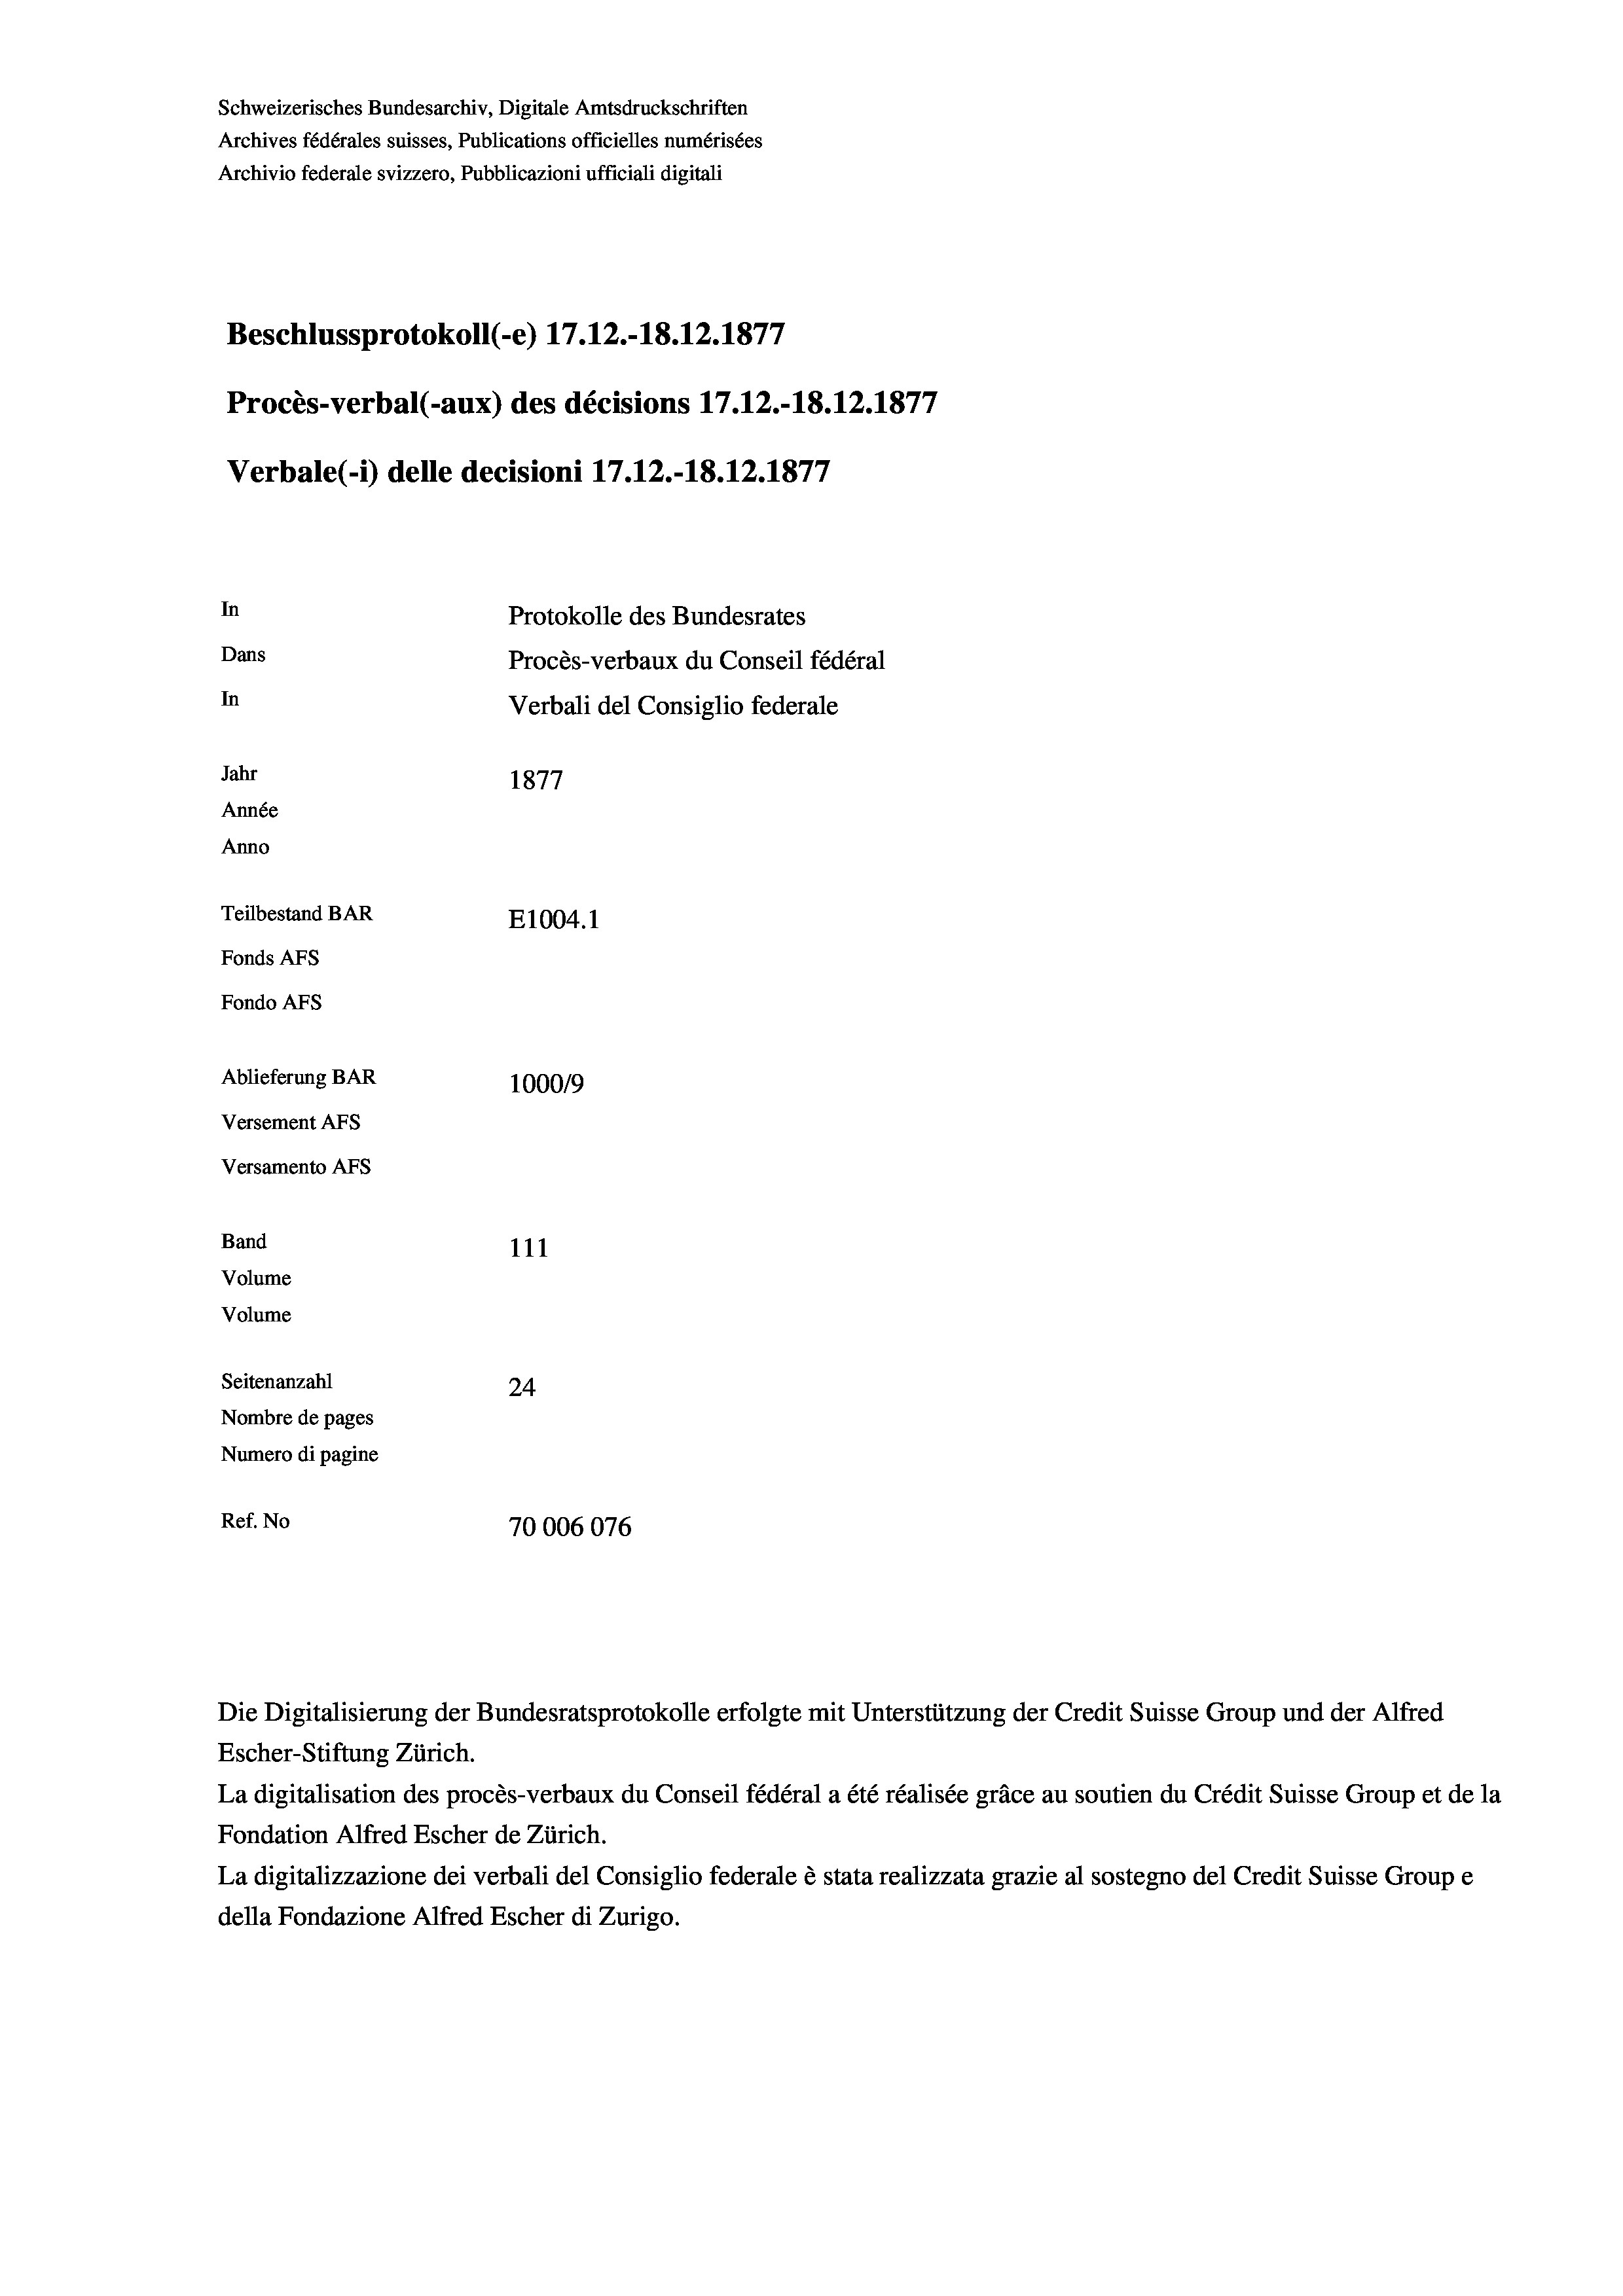
Schweizerisches Bundesarchiv, Digitale Amtsdruckschriften
Archives fédérales suisses, Publications officielles numérisées
Archivio federale svizzero, Pubblicazioni ufficiali digitali
Beschlussprotokoll (-e) 17.12.-18.12.1877
Procès-verbal (-aux) des décisions 17.12.-18.12.1877
Verbale (- 1) delle decisioni 17.12.-18. 12. 1877
In
Protokolle des Bundesrates
Dans
Procès-verbaux du Conseil fédéral
In
Verbali del Consiglio federale
Jahr
1877
Année
Anno
Teilbestand BAR
E1004. 1
Fonds AFs
Fondo AFS
Ablieferung BAR
100019
Versement AFs
Versamento Afs
Band
111
Volume
Volume
Seitenanzahl
24
Nombre de pages
Numero di pagine
Ref. No
70006076

Die Digitalisierung der Bundesratsprotokolle erfolgte mit Unterstützung der Credit Suisse Group und der Alfred

Escher-Stiftung Zürich.
La digitalisation des procès-verbaux du Conseil fédéral a été réalisée gräce au soutien du Crédit Suisse Group et de la
Fondation Alfred Escher de Zürich.
La digitalizzazione dei verbali del Consiglio federale è stata realizzata grazie al sostegno del Credit Suisse Groupe
della Fondazione Alfred Escher di Zurigo.